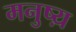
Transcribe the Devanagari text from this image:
मनुष्य़